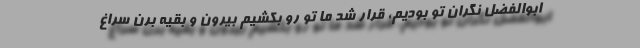
ابوالفضل نگران تو بودیم، قرار شد ما تو رو بکشیم بیرون و بقیه برن سراغ